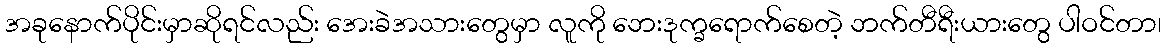
အခုနောက်ပိုင်းမှာဆိုရင်လည်း အေးခဲအသားတွေမှာ လူကို ဘေးဒုက္ခရောက်စေတဲ့ ဘက်တီရီးယားတွေ ပါဝင်တာ၊